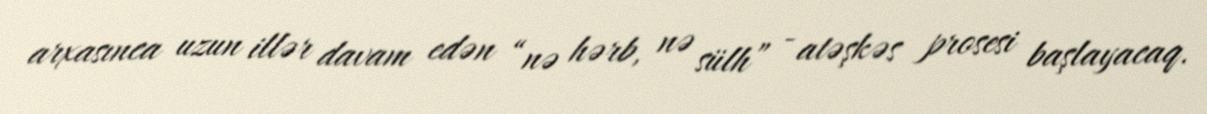
arxasınca uzun illər davam edən “nə hərb, nə sülh” - atəşkəs prosesi başlayacaq.